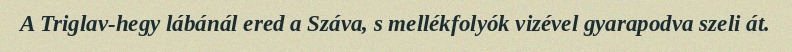
A Triglav-hegy lábánál ered a Száva, s mellékfolyók vizével gyarapodva szeli át.